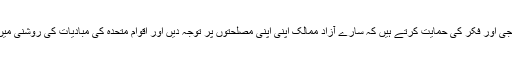
مملکت سعودى عرب، مصر، اردن، بحرین، عمان، کویت ، امارات اور یمن وغیره اس آئیڈیالوجى اور فکر کى حمایت کرتے ہیں کہ سارے آزاد ممالک اپنى اپنى مصلحتوں پر توجہ دیں اور اقوام متحده کى مبادیات کى روشنى میں ایک دوسرے سے بہتر تعلقات بنائے رکھیں جب کہ بدى کے یہ تکون ایسا نہیں کرنا چاہتے۔